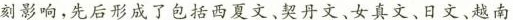
刻影响.先后形成了包括西夏文、契丹文、女真文、日文、越南